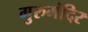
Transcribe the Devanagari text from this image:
गुरुमंदिर